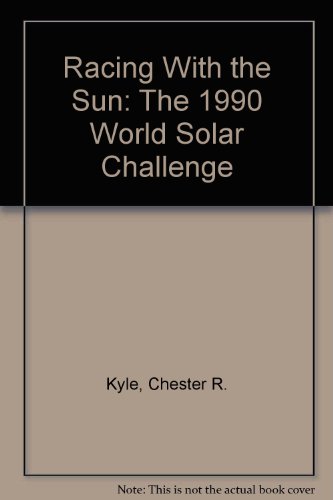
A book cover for Racing With the Sun: The 1990 World Solar Challenge; Chester R. Kyle; Engineering & Transportation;